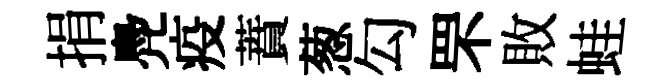
捐鳧疫蕡葱勾罘敗蛙